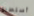
أستطيع